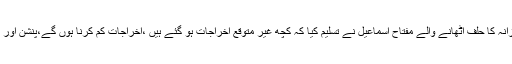
تفصیلات کے مطابق نیو نیوز سے خصوصی گفتگو کرتے ہوئے آج ہی وفاقی وزیرخزانہ کا حلف اٹھانے والے مفتاح اسماعیل نے تسلیم کیا کہ کچھ غیر متوقع اخراجات ہو گئے ہیں ،اخراجات کم کرنا ہوں گے،پنشن اور تنخواہوں میں اضافہ ضروری ہے اورتنخواہوں اور پنشن میں مناسب اضافہ کریں گے۔